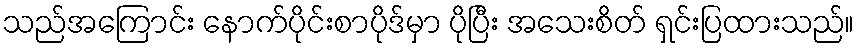
သည်အကြောင်း နောက်ပိုင်းစာပိုဒ်မှာ ပိုပြီး အသေးစိတ် ရှင်းပြထားသည်။